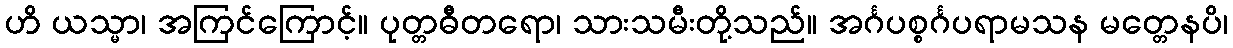
ဟိ ယသ္မာ၊ အကြင်ကြောင့်။ ပုတ္တဓီတရော၊ သားသမီးတို့သည်။ အင်္ဂပစ္စင်္ဂပရာမသန မတ္တေနပိ၊